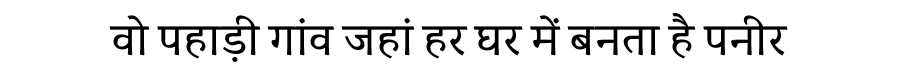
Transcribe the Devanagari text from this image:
वो पहाड़ी गांव जहां हर घर में बनता है पनीर